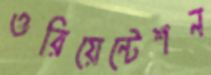
ওরিয়েন্টেশন